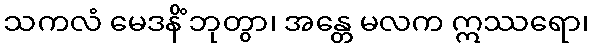
သကလံ မေဒနိံ ဘုတွာ၊ အန္တေ မလက ဣဿရော၊